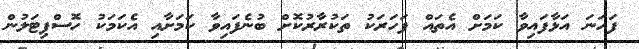
ފަހަނަ އަޅާފައިވާ ކަމަށް އެތައް ފަހަރަކު ތަކުރާރުކޮށް ބުނެފައިވާ ކަމަށާއި އެކަމަކު ހޮސްޕިޓަލުން